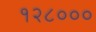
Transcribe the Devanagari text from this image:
१२८०००